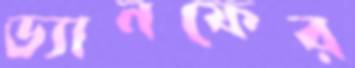
ড্যানফের